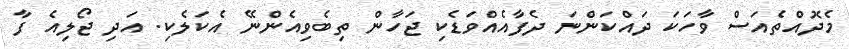
މެދޮއްތެއަސް ވާހަކަ ދައްކަންނަ ދެފާއެއްވަޑެކި ޖަހާން ތިބެވިއެންނޭ އެކަލެކި. އަދި ޖޯލިއެ ފާ